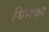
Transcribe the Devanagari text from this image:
यिनका